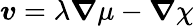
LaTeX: \boldsymbol{v}=\lambda\boldsymbol{\nabla}\mu-\boldsymbol{\nabla}\chi